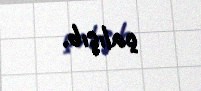
çalışıb.